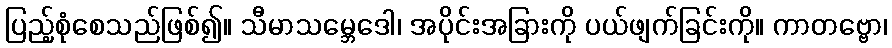
ပြည့်စုံစေသည်ဖြစ်၍။ သီမာသမ္ဘေဒေါ၊ အပိုင်းအခြားကို ပယ်ဖျက်ခြင်းကို။ ကာတဗ္ဗော၊